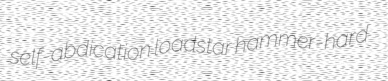
self-abdication loadstar hammer-hard